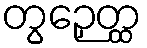
တွဉှေတ္ထ